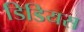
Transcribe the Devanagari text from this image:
डिडियस